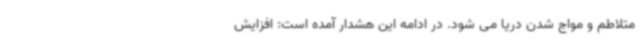
متلاطم و مواج شدن دریا می شود. در ادامه این هشدار آمده است: افزایش